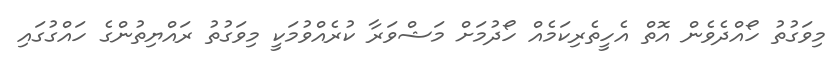
މިވަގުތު ހޯއްދެވެން އޮތް އެހީތެރިކަމެއް ހޯދުމަށް މަޝްވަރާ ކުރެއްވުމަކީ މިވަގުތު ރައްޔިތުންގެ ހައްގުގައި